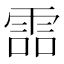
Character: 𩂩